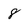
Character: 8